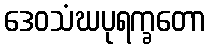
ဒေဝသံဃပုရက္ခတော